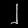
Digit: ၂